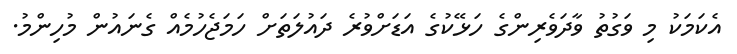
އެކަމަކު މި ވަގުތު ވާދަވެރިންގެ ހަޅޭކުގެ އަޑަށްވުރެ ދައުލަތަށް ހަމަޖެހުމެއް ގެނައުން މުހިންމު.